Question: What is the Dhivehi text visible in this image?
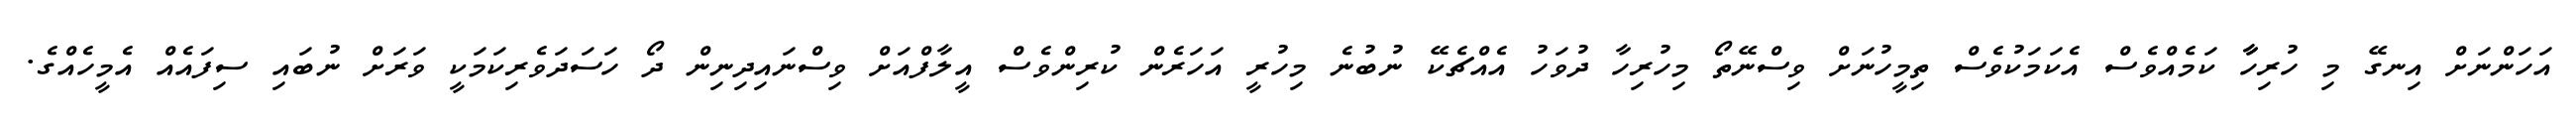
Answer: އަހަންނަށް އިނގޭ މި ހުރިހާާ ކަމެއްވެސް އެކަމަކުވެސް ތިމީހުނަށް ވިސްނޭތޯ މިހުރިހާ ދުވަހު އެއްޗެކޭ ނުބުނެ މިހުރީ އަހަރެން ކުރިންވެސް އީލާފްއަށް ވިސްނައިދިނިން ދޯ ހަސަދަވެރިކަމަކީ ވަރަށް ނުބައި ސިފައެއް އެމީހެއްގެ.